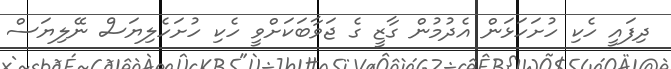
ދިފަައީ ހެކި ހުށަހަޅަން އެދުމުން ގާޒީ ގެ ޖަވާބަކަށްވީ ހެކި ހުށަހެލިޔަސް ނޭލިޔަސް